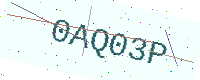
Text: 0AQ03P